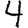
Digit: 4